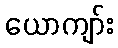
ယောကျာ်း